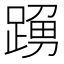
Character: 𨂹